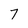
Character: 7